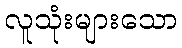
လူသုံးများသော